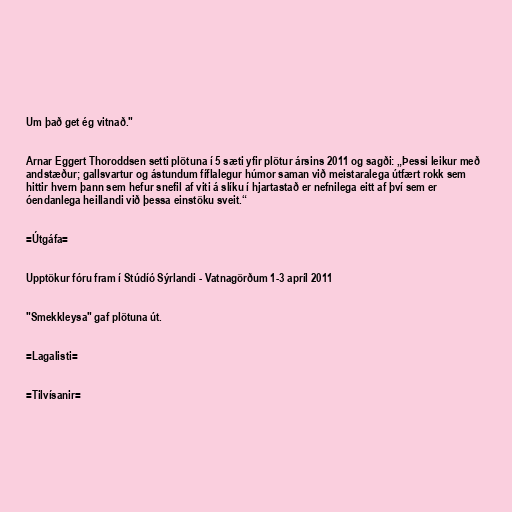
Um það get ég vitnað."

Arnar Eggert Thoroddsen setti plötuna í 5 sæti yfir plötur ársins 2011 og sagði: „Þessi leikur með
andstæður; gallsvartur og ástundum fíflalegur húmor saman við meistaralega útfært rokk sem
hittir hvern þann sem hefur snefil af viti á slíku í hjartastað er nefnilega eitt af því sem er
óendanlega heillandi við þessa einstöku sveit.“

=Útgáfa=

Upptökur fóru fram í Stúdíó Sýrlandi - Vatnagörðum 1-3 apríl 2011

"Smekkleysa" gaf plötuna út.

=Lagalisti=

=Tilvísanir=